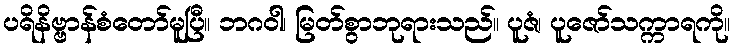
ပရိနိဗ္ဗာန်စံတော်မူပြီ။ ဘဂဝါ၊ မြတ်စွာဘုရားသည်။ ပူဇံ၊ ပူဇော်သက္ကာရကို။